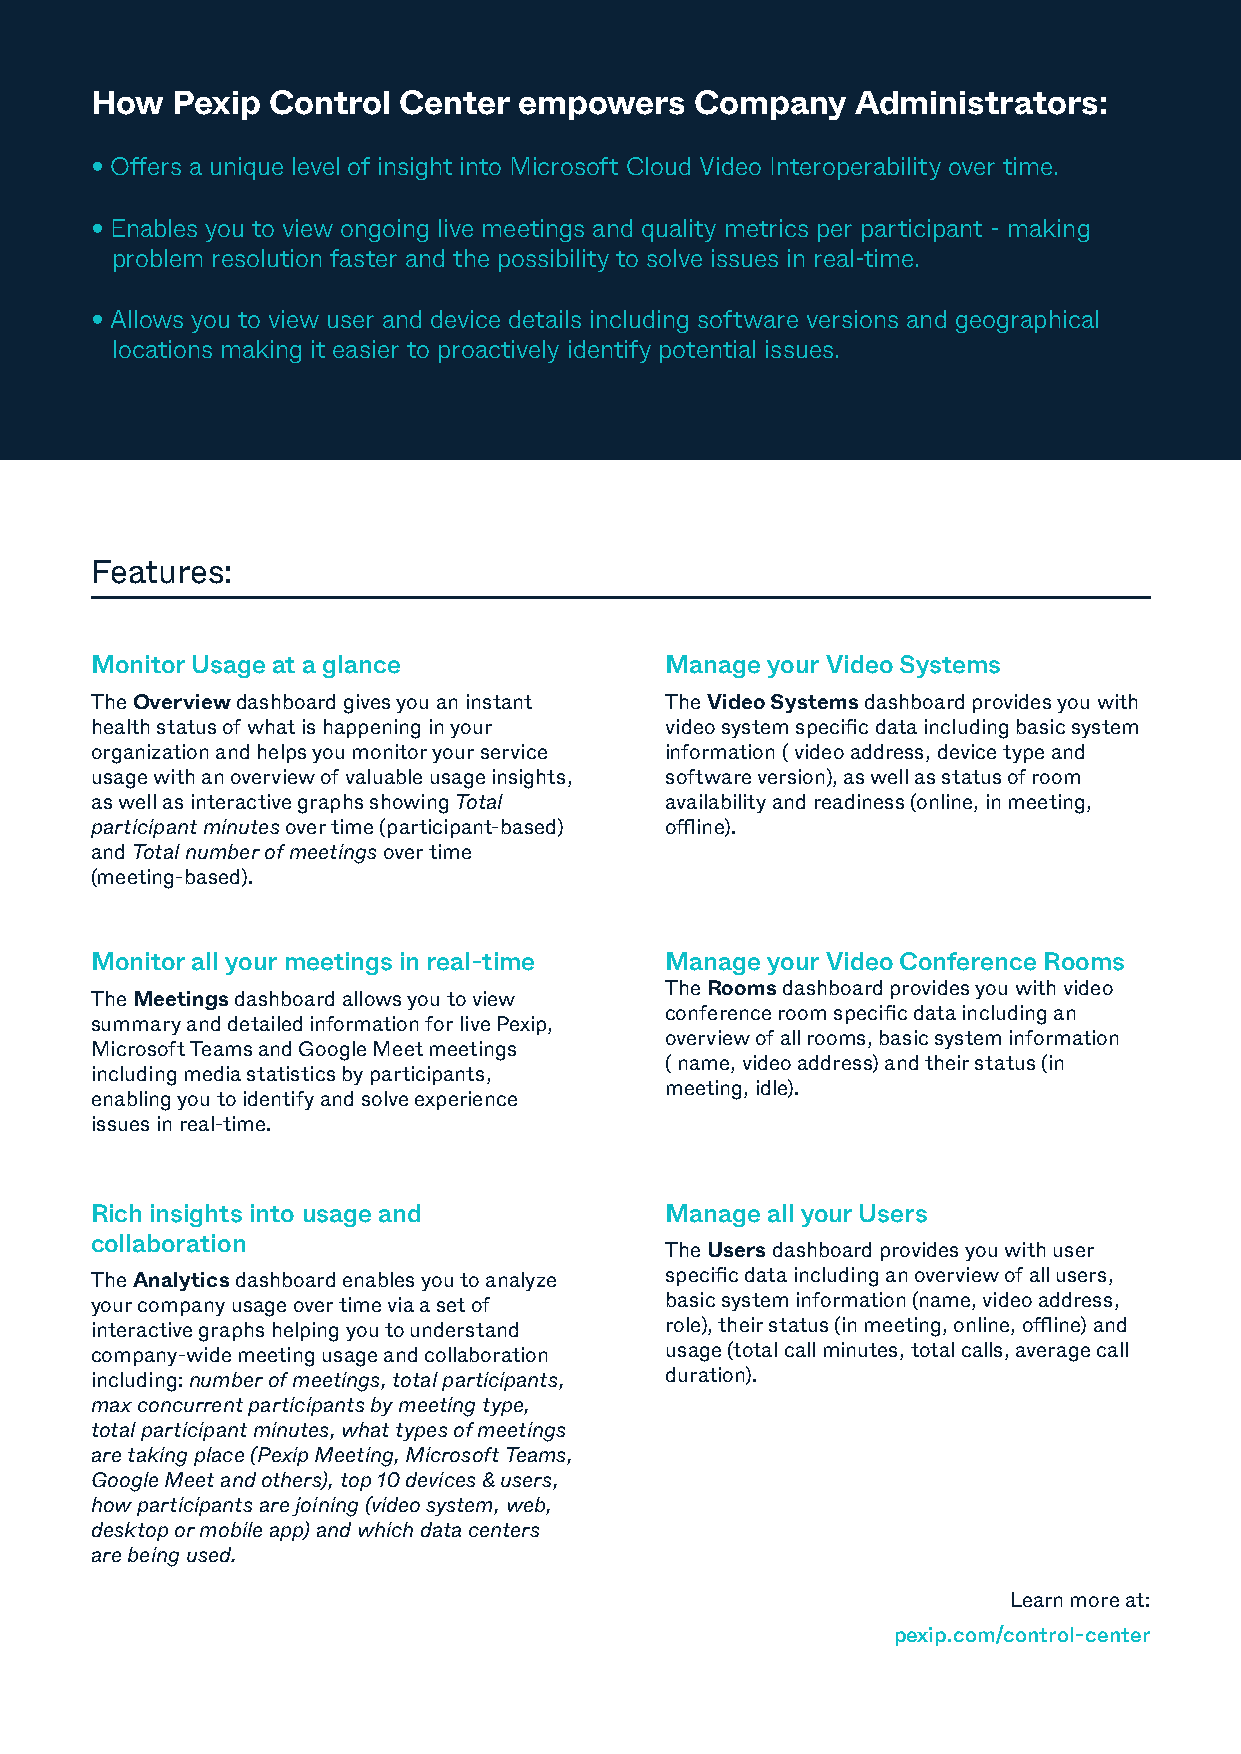
How  Pexip  Control Center  empowers    Company    Administrators:
 • Offers a unique level of insight into Microsoft Cloud Video Interoperability over time.
 • Enables you to view ongoing live meetings and quality metrics per participant - making
 problem resolution faster and the possibility to solve issues in real-time.
 • Allows you to view user and device details including software versions and geographical
 locations making it easier to proactively identify potential issues.
 Features:
 Monitor Usage at a glance             Manage your Video Systems
 The Overview dashboard gives you an instant The Video Systems dashboard provides you with
 health status of what is happening in your video system specific data including basic system
 organization and helps you monitor your service information ( video address, device type and
 usage with an overview of valuable usage insights, software version), as well as status of room
 as well as interactive graphs showing Total availability and readiness (online, in meeting,
 participant minutes over time (participant-based) offline).
 and Total number of meetings over time
 (meeting-based).
 Monitor all your meetings in real-time Manage your Video Conference Rooms
 The Rooms dashboard provides you with video
 The Meetings dashboard allows you to view
 conference room specific data including an
 summary and detailed information for live Pexip,
 overview of all rooms, basic system information
 Microsoft Teams and Google Meet meetings
 ( name, video address) and their status (in
 including media statistics by participants,
 meeting, idle).
 enabling you to identify and solve experience
 issues in real-time.
 Rich insights into usage and          Manage all your Users
 collaboration
 The Users dashboard provides you with user
 The Analytics dashboard enables you to analyze specific data including an overview of all users,
 your company usage over time via a set of basic system information (name, video address,
 interactive graphs helping you to understand role), their status (in meeting, online, offline) and
 company-wide meeting usage and collaboration usage (total call minutes, total calls, average call
 including: number of meetings, total participants, duration).
 max concurrent participants by meeting type,
 total participant minutes, what types of meetings
 are taking place (Pexip Meeting, Microsoft Teams,
 Google Meet and others), top 10 devices & users,
 how participants are joining (video system, web,
 desktop or mobile app) and which data centers
 are being used.
 Learn more at:
 pexip.com/control-center